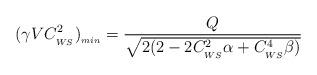
LaTeX: \begin{align*}(\gamma VC_{_{WS}}^2)_{_{min}}= \frac{Q}{\sqrt{2(2-2C_{_{WS}}^2\alpha+C_{_{WS}}^4\beta)}}\end{align*}